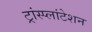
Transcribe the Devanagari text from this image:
ट्रांस्प्लांटेशन